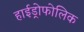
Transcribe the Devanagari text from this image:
हाईड्रोफोलिक